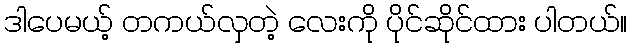
ဒါပေမယ့် တကယ်လှတဲ့ လေးကို ပိုင်ဆိုင်ထား ပါတယ်။